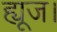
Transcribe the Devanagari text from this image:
ह्यूज।